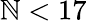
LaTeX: \mathbb{N}<17